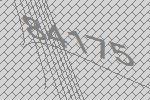
84175